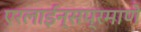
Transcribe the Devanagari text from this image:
एरलाईन्सप्रमाणे